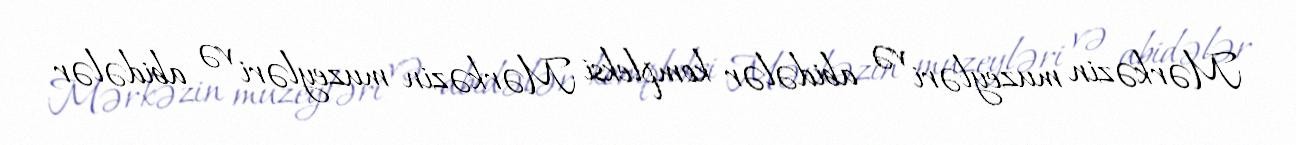
Mərkəzin muzeyləri və abidələr kompleksi Mərkəzin muzeyləri və abidələr